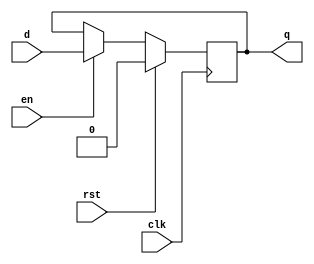
`timescale 1ns / 1ps
//////////////////////////////////////////////////////////////////////////////////
// Company: 
// Engineer: 
// 
// Design Name: 
// Module Name:    flop_enr 
// Project Name: 
// Target Devices: 
// Tool versions: 
// Description: 
//
// Dependencies: 
//
// Revision: 
// Revision 0.01 - File Created
// Additional Comments: 
//
//////////////////////////////////////////////////////////////////////////////////
module flop_enr #(parameter width=1)
	(
    input [width-1:0] d,
    input clk,
    input en,
    input rst,
    output reg [width-1:0] q
    );

always @(posedge clk)
begin
	if(rst)		q<=0;
	else 
	begin
		if(!en)	q<=q;
		else	q<=d; 
	end
end
endmodule